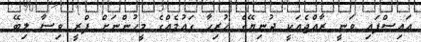
އައިސްފައި ވަނީ ރާއްޖެއަކީ ދުނިޔޭގެ ހުރިހާ ގައުމެއްގެ މީހުންނަށް ފްރީ ވިސާ ލިބޭ